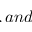
, a n d